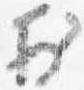
於